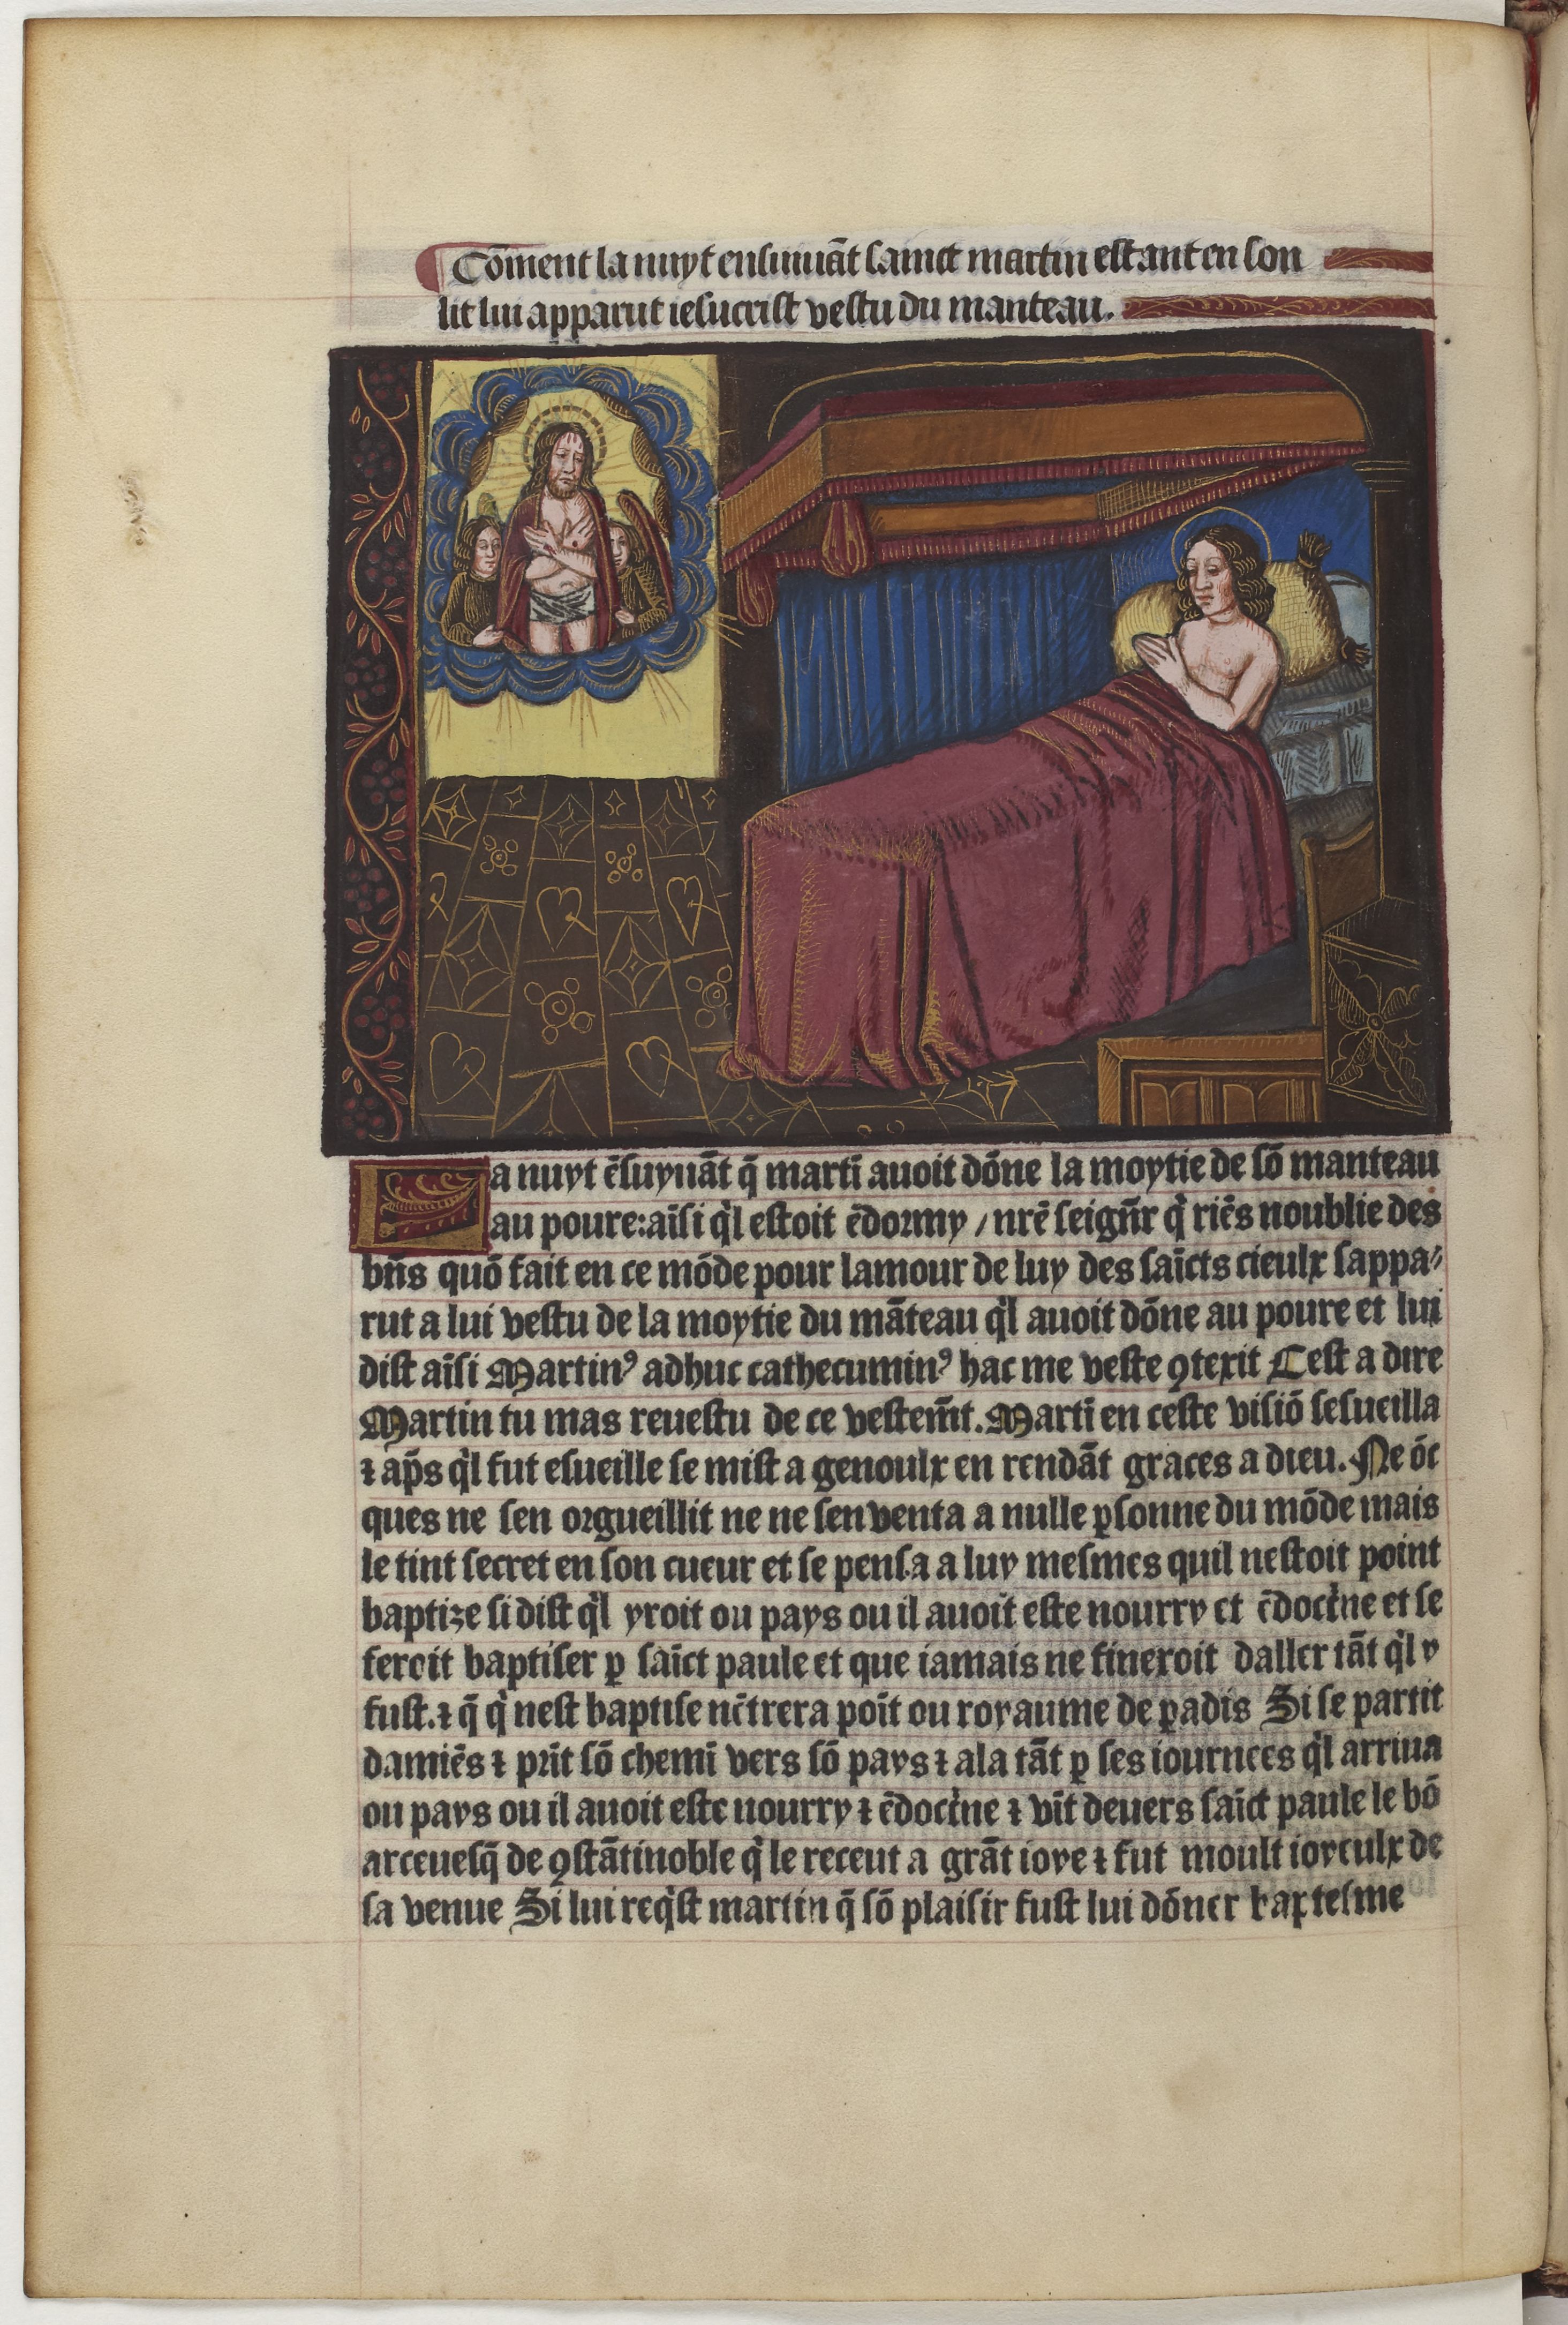
Shelfmark: Paris, BnF, Velins 1159
Century: 15